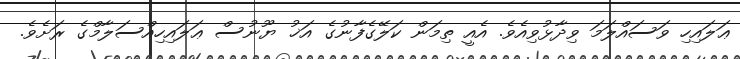
ޢަލައިހި ވަސައްލަމަ ވިދާޅުވިއެވެ. އެއީ ތިމަން ކަލޭގެފާނުގެ އަޚު ޔޫނުސް ޢަލައިހިއްސަލާމްގެ ރަށެވެ.